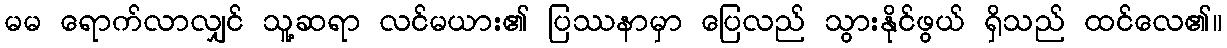
မမ ရောက်လာလျှင် သူ့ဆရာ လင်မယား၏ ပြဿနာမှာ ပြေလည် သွားနိုင်ဖွယ် ရှိသည် ထင်လေ၏။